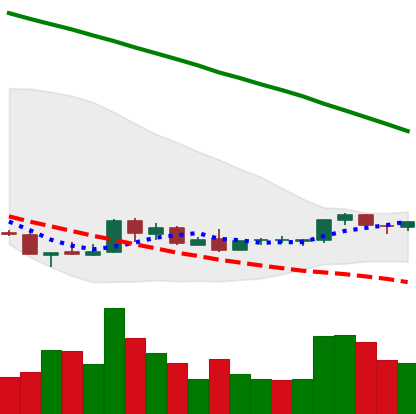
Ticker: NEO-USD
Chart end date: 2018-08-31
Forward return: -3.328%
Label: down_3_5